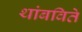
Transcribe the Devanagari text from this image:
थांबविते